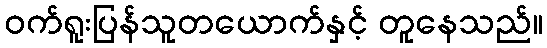
ဝက်ရူးပြန်သူတယောက်နှင့် တူနေသည်။